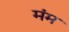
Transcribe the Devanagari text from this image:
मंम